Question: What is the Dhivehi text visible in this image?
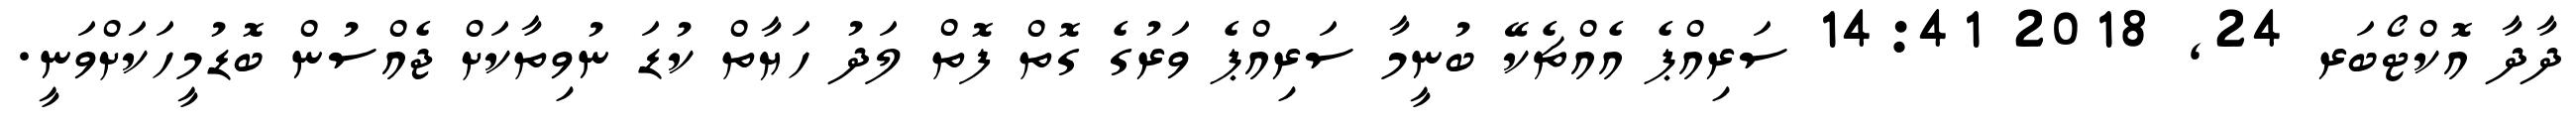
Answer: ދާދާ އޮކްޓޯބަރ 24, 2018 14:41 ސަރިއްޕެ އެއްޗެކޭ ބުނީމާ ސަރިއްޕެ ވަރުގެ ގޮތް ފޮތް ލަދު ހަޔާތް ކުޑަ ނުވިތާކަށް ޖެއްސުން ބޮޑުމީހަކަށްވަނީ.